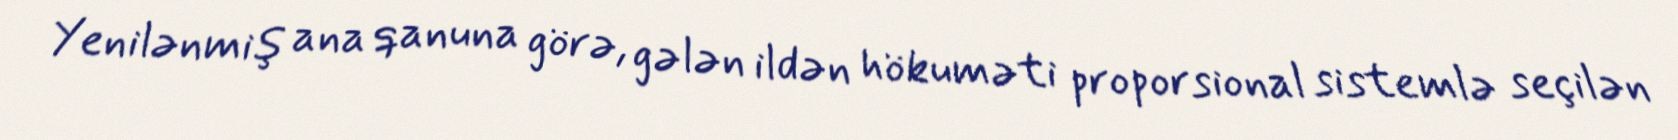
Yenilənmiş ana qanuna görə, gələn ildən hökuməti proporsional sistemlə seçilən